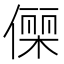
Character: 𬿥